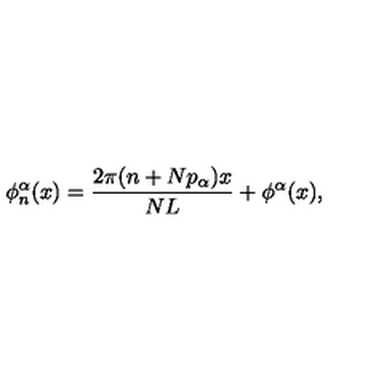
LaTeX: \phi _ { n } ^ { \alpha } ( x ) = \frac { 2 \pi ( n + N p _ { \alpha } ) x } { N L } + \phi ^ { \alpha } ( x ) ,